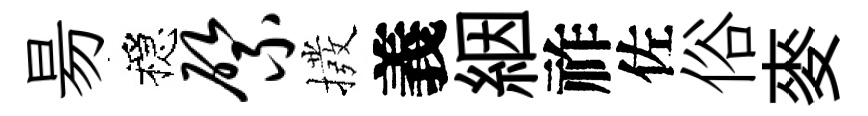
昜穩綮撥義絪祚佐俗麥